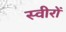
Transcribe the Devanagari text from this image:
स्वीरों